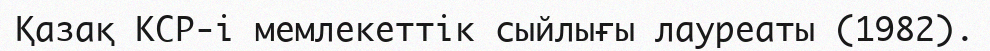
Қазақ КСР-і мемлекеттік сыйлығы лауреаты (1982).